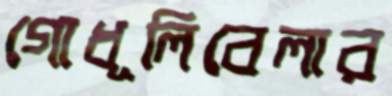
গোধূলিবেলার